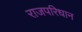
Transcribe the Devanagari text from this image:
राजपरिधान